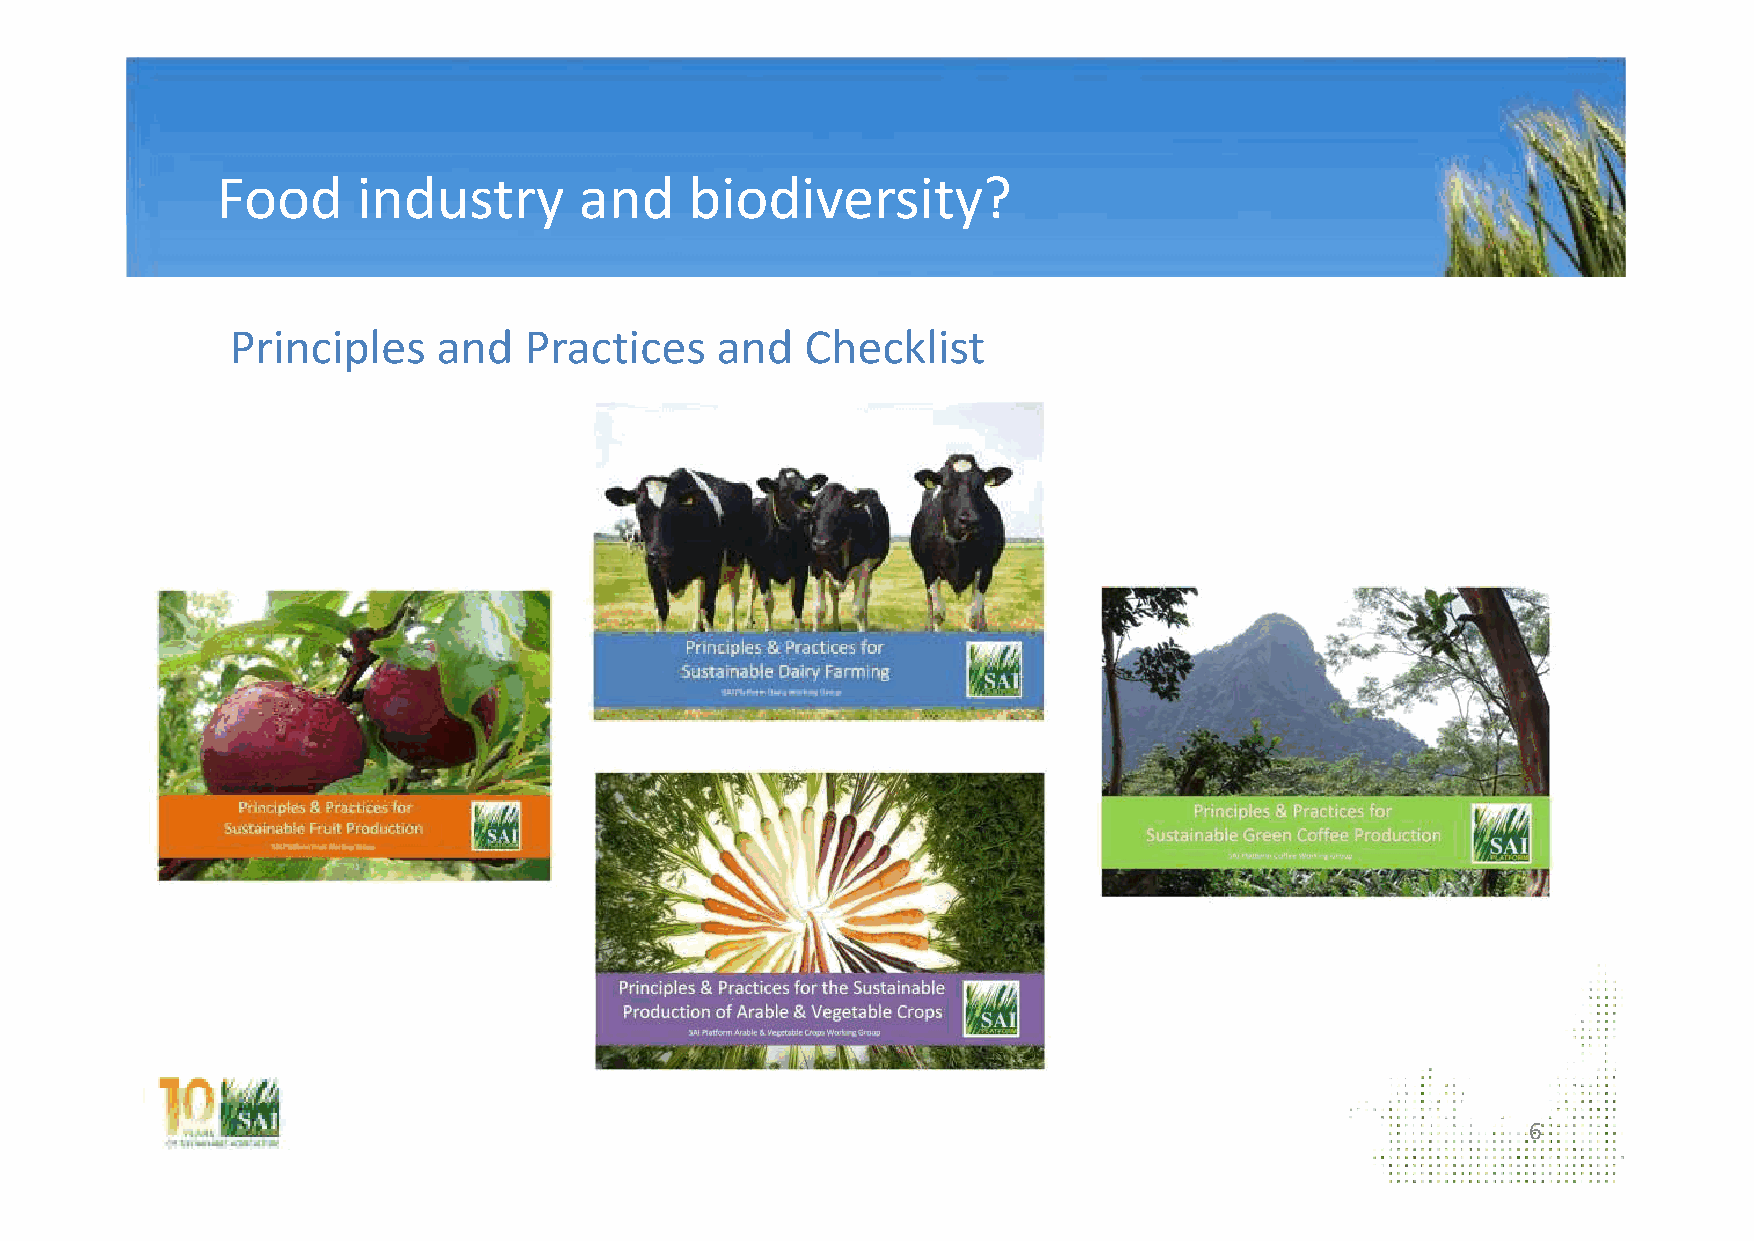
Food      industry      and     biodiversity?
 Principles    and   Practices   and   Checklist
 6